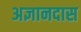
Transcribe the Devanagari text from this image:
अज्ञानदास